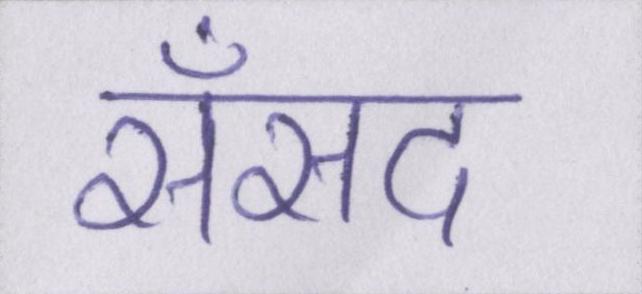
सँसद